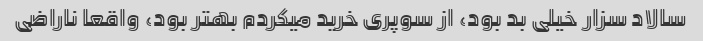
سالاد سزار خیلی بد بود، از سوپری خرید میکردم بهتر بود، واقعا ناراضی